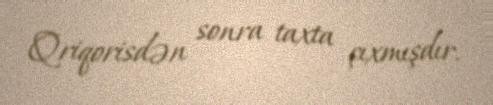
Qriqorisdən sonra taxta çıxmışdır.